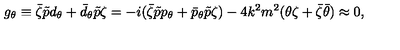
g _ { \theta } \equiv \bar { \zeta } \tilde { p } d _ { \theta } + \bar { d } _ { \theta } \tilde { p } \zeta = - i ( \bar { \zeta } \tilde { p } p _ { \theta } + \bar { p } _ { \theta } \tilde { p } \zeta ) - 4 k ^ { 2 } m ^ { 2 } ( \theta \zeta + \bar { \zeta } \bar { \theta } ) \approx 0 ,